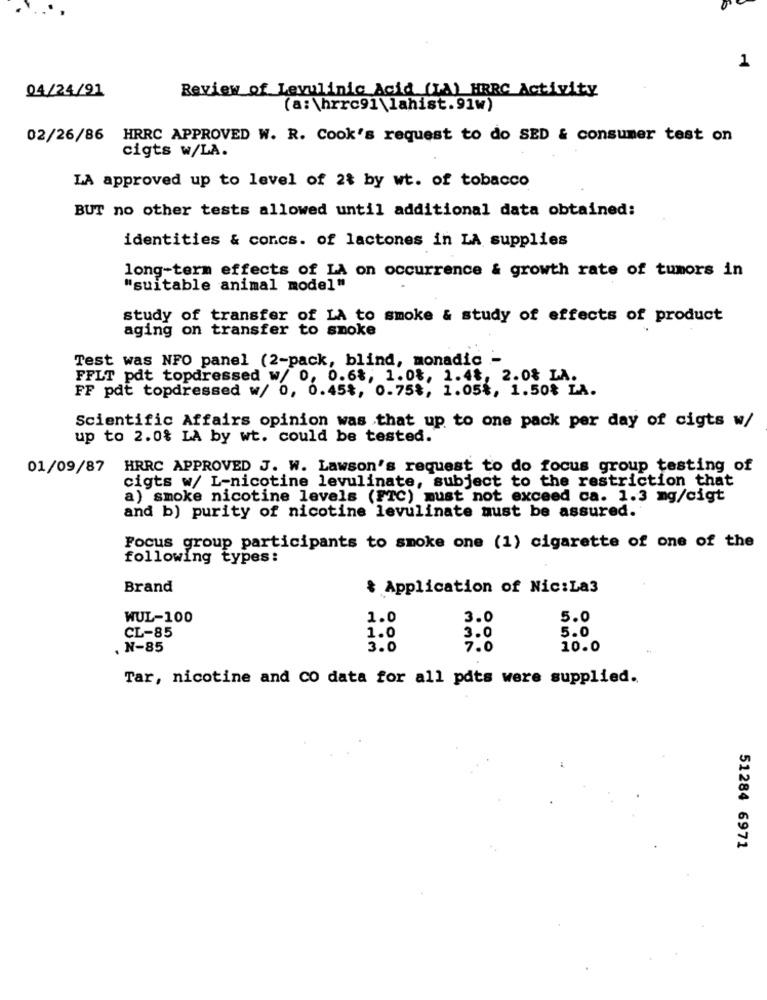
1
04/24/91
Review of Levulinic Acid (TA) HARC Activity
(a: \hrrc91 \lahist.91w)
02/26/86 HRRC APPROVED W. R. Cook's request to do SED & consumer test on
cigts w/LA.
LA approved up to level of 28 by wt. of tobacco
BUT no other tests allowed until additional data obtained:
identities & concs. of lactones in LA supplies
long-term effects of LA on occurrence & growth rate of tumors in
"suitable animal model"
study of transfer of LA to smoke & study of effects of product
aging on transfer to smoke
Test was NFO panel (2-pack, blind, monadic -
FFLT pdt topdressed w/ 0, 0.6%, 1.0%, 1.48, 2.0% LA.
FF pdt topdressed w/ 0, 0.45%, 0.75%, 1.05%, 1.50% LA.
Scientific Affairs opinion was that up to one pack per day of cigts w/
up to 2.0% LA by wt. could be tested.
01/09/87 HRRC APPROVED J. W. Lawson's request to do focus group testing of
cigts w/ L-nicotine levulinate, subject to the restriction that
a) smoke nicotine levels (FTC) must not exceed ca. 1.3 mg/cigt
and b) purity of nicotine levulinate must be assured.
Focus group participants to smoke one (1) cigarette of one of the
following types:
Brand
៛ Application of Nic:La3
WUL-100
1.0
3.0
5.0
CL-85
5.0
1.0
3.0
. N-85
3.0
7.0
10.0
Tar, nicotine and CO data for all pdts were supplied.
51284 6971